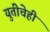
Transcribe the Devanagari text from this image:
युतीचेही